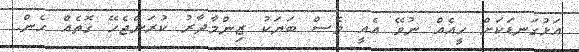
އަޅުގަނޑަކަށް ހީއެއް ނުވޭ އެއީ ވެސް ބަޔަކު ޒިންމާދާރު ކުރަންޖެހޭ ގޮތެއް ހެން.